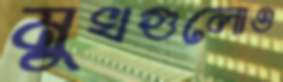
মুখগুলোও